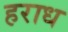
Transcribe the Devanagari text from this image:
हराध